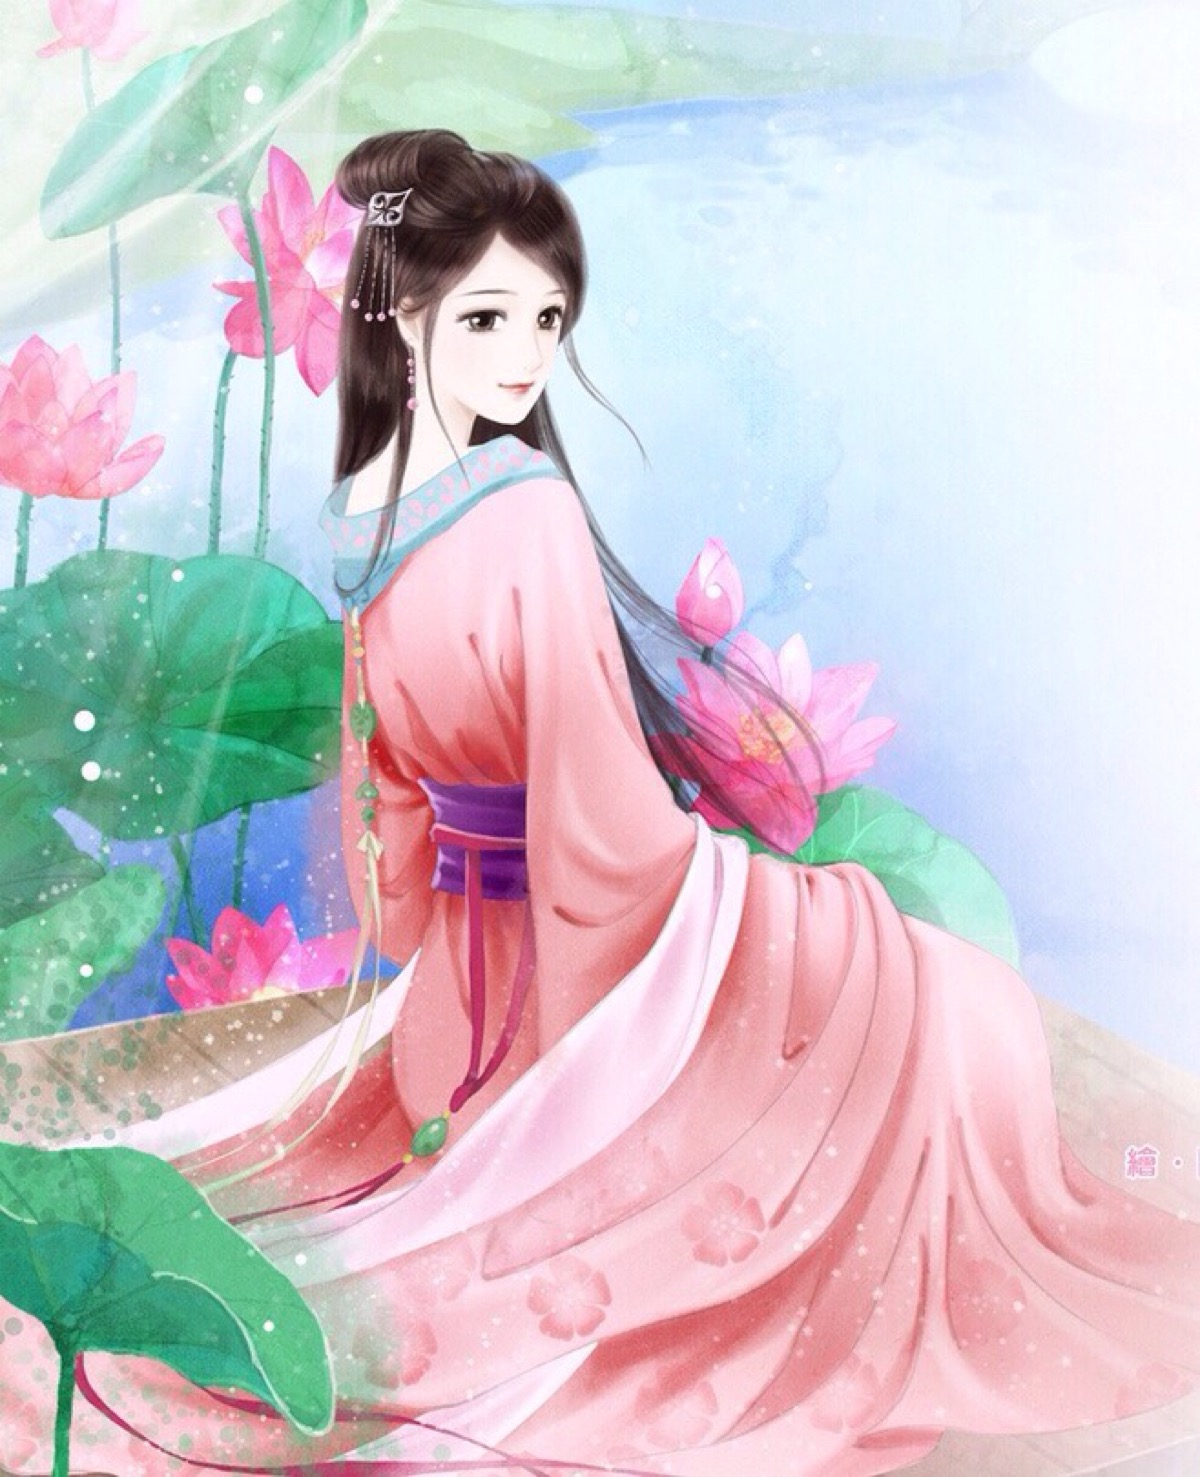
乐游原上清秋节，咸阳古道音尘绝。